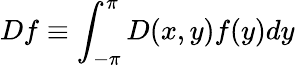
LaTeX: Df\equiv\int_{-\pi}^{\pi}D(x,y)f(y)dy